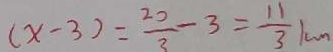
( x - 3 ) = \frac { 2 0 } { 3 } - 3 = \frac { 1 1 } { 3 } 1 m